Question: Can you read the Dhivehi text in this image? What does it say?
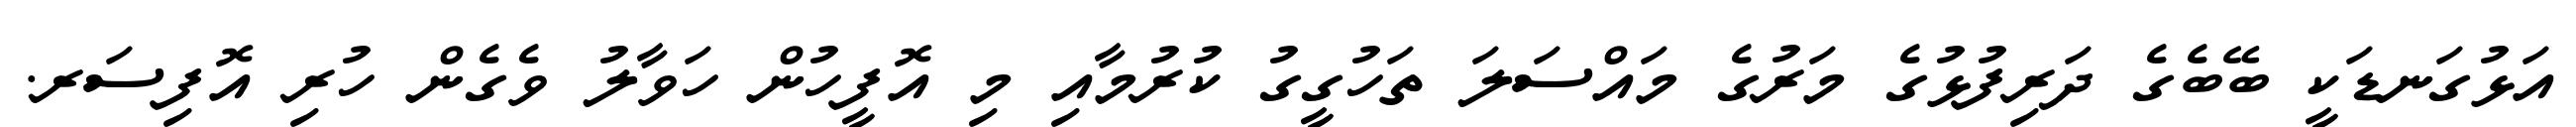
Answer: އަޅުގަނޑަކީ ބޭބެގެ ދަރިފުޅުގެ މަރުގެ މައްސަލަ ތަހުގީގު ކުރުމާއި މި އޮފީހުން ހަވާލު ވެގެން ހުރި އޮފިސަރ.